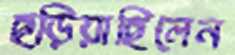
ছড়িয়াছিলেন